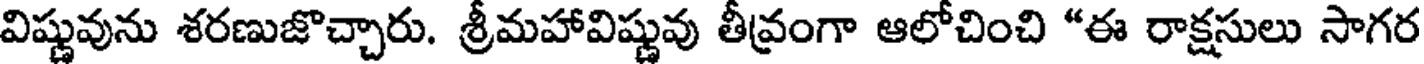
విష్ణువును శరణుజొచ్చారు. శ్రీమహావిష్ణువు తీవ్రంగా ఆలోచించి *ఈ రాక్షసులు సాగర